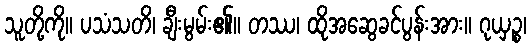
သူတို့ကို။ ပသံသတိ၊ ချီးမွမ်း၏။ တဿ၊ ထိုအဆွေခင်ပွန်းအား။ ဂုယှဉ္စ၊